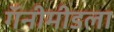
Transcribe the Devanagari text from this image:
गॅनीमीडला